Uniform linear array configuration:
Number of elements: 24
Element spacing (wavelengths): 0.75
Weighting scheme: kaiser
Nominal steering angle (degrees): -30
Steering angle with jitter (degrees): -28.151
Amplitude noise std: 0.05
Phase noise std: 0.05

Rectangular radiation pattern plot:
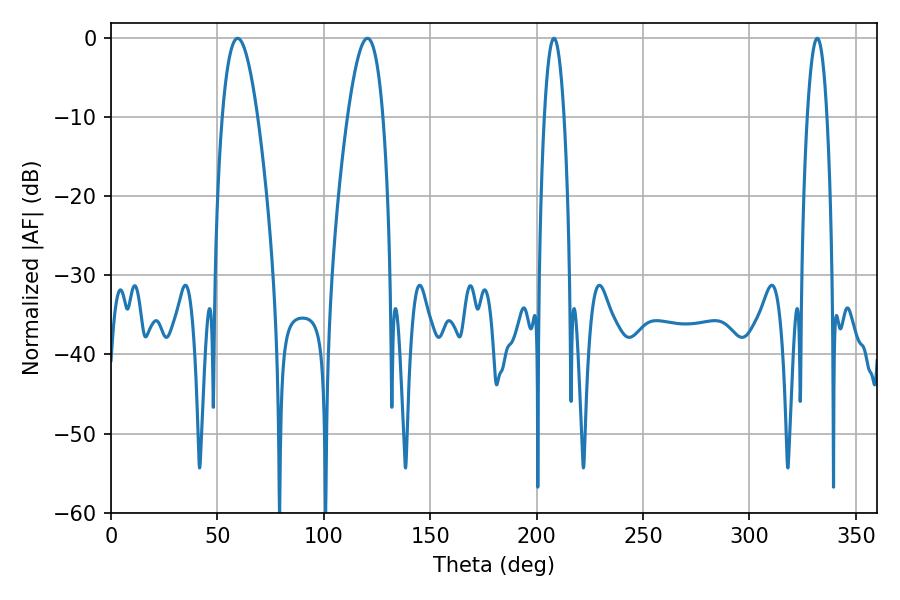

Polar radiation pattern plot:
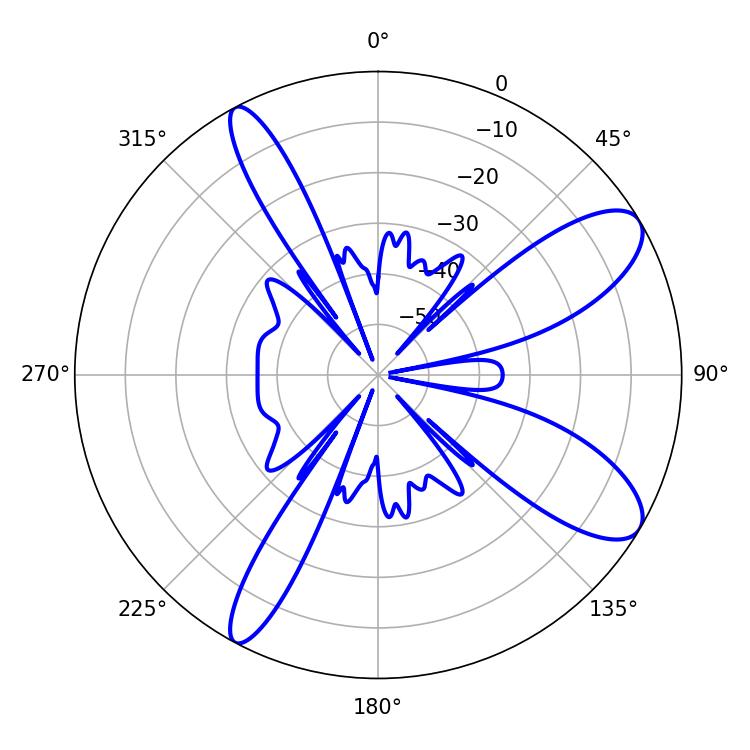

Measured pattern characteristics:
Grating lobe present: TRUE
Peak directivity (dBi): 9.893
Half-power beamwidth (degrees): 9.18
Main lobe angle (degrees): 59.58